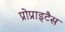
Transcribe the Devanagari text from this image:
प्रोप्राइटैस